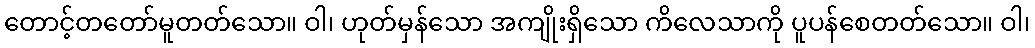
တောင့်တတော်မူတတ်သော။ ဝါ၊ ဟုတ်မှန်သော အကျိုးရှိသော ကိလေသာကို ပူပန်စေတတ်သော။ ဝါ၊